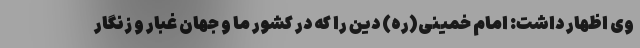
وی اظهار داشت: امام خمینی(ره) دین را که در کشور ما و جهان غبار و زنگار